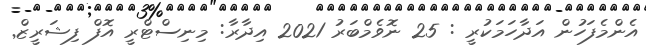
އެންމެފަހުން އަދާހަމަކުރީ : 25 ނޮވެމްބަރު 2021 އިދާރާ: މިނިސްޓްރީ އޮފް ފިޝަރީޒް